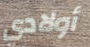
أولادي